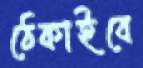
ঠেকাইবে